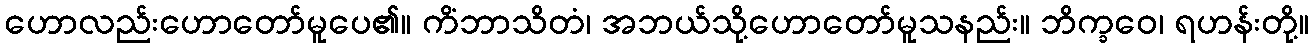
ဟောလည်းဟောတော်မူပေ၏။ ကိံဘာသိတံ၊ အဘယ်သို့ဟောတော်မူသနည်း။ ဘိက္ခဝေ၊ ရဟန်းတို့။